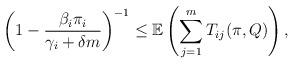
LaTeX: \begin{align*}\left(1 - \frac{\beta_{i}\pi_{i}}{\gamma_{i} + \delta m}\right)^{-1} \leq \mathbb{E} \left(\sum_{j=1}^{m} T_{ij}(\pi,Q) \right), \end{align*}